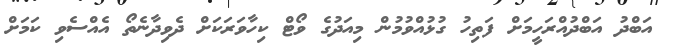
އަބްދު އަބްދުއްރަހީމަށް ފަތިހު ގުޅުއްވުމުން މިއަދުގެ ވޯޓް ކިހާވަރަކަށް ދެވިދާނެތޯ އެއްސެވި ކަމަށް